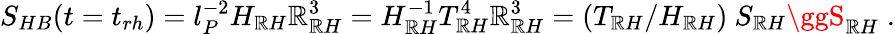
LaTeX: S_{HB}(t=t_{rh})=l_{P}^{-2}H_{\mathbb{R}H}\mathbb{R}_{\mathbb{R}H}^{3}=H_{\mathbb{R}H}^{-1}T_{\mathbb{R}H}^{4}\mathbb{R}_{\mathbb{R}H}^{3}=(T_{\mathbb{R}H}/H_{\mathbb{R}H})~S_{\mathbb{R}H}\ggS_{\mathbb{R}H}\; .